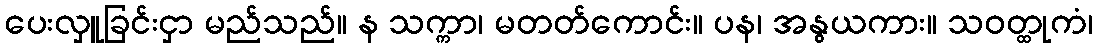
ပေးလှူခြင်းငှာ မည်သည်။ န သက္ကာ၊ မတတ်ကောင်း။ ပန၊ အနွယကား။ သဝတ္ထုကံ၊